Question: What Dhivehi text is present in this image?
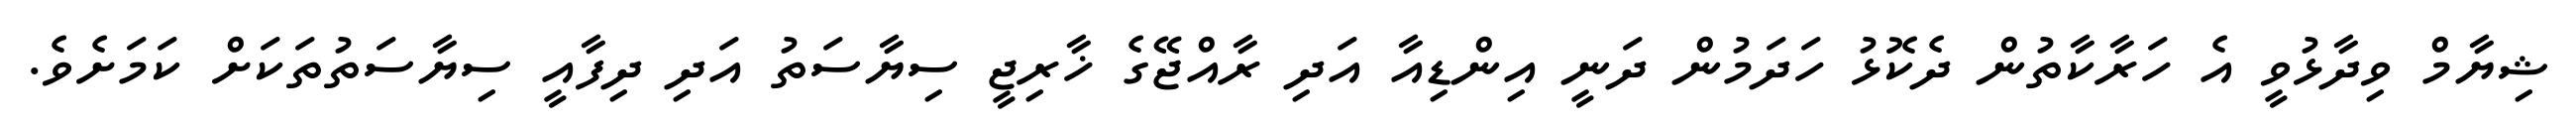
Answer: ޝިޔާމް ވިދާޅުވީ އެ ހަރާކާތުން ދެކޮޅު ހަދަމުން ދަނީ އިންޑިއާ އަދި ރާއްޖޭގެ ޚާރިޖީ ސިޔާސަތު އަދި ދިފާއީ ސިޔާސަތުތަކަށް ކަމަށެވެ.